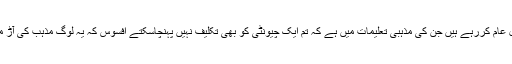
برما کے اندر وہ لوگ مسلمانوں کا قتل عام کررہے ہیں جن کی مذہبی تعلیمات میں ہے کہ تم ایک چیونٹی کو بھی تکلیف نہیں پہنچاسکتے افسوس کہ یہ لوگ مذہب کی آڑ میں مذہب کے ساتھ کھلواڑ کرتے ہیں۔